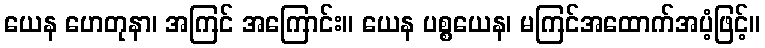
ယေန ဟေတုနာ၊ အကြင် အကြောင်း။ ယေန ပစ္စယေန၊ မကြင်အထောက်အပံ့ဖြင့်။